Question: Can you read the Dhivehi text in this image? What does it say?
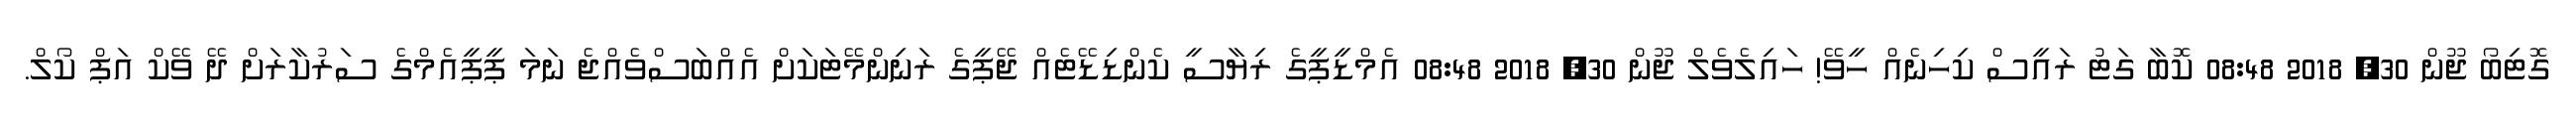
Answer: ގޮޓިބޯ ޖޫން 30, 2018 08:48 ކޮބާ ގަޓު ރައީސް ކިހިނެއް ހީވޭ! ހައިލެވެލް ޖޫން 30, 2018 08:48 އެމްޑީޕީގެ ރިޔާސީ ކެންޑިޑޭޓެއް ޖޭޕީގެ ރަނިންމޭޓަކަށް އެއްބަސްވެއްޖެ ނަމަ ޕީޕީއެމްގެ ސަރުކާރަށް ދޭ ވޭކް އަޕް ކޯލް.